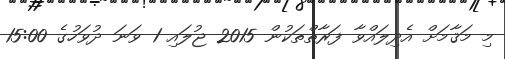
މި މަޤާމަށް އެދިލައްވާ ފަރާތްތަކުން 2015 ޖުލައި 1 ވަނަ ދުވަހުގެ 15:00